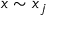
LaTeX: x \sim x _ { j }